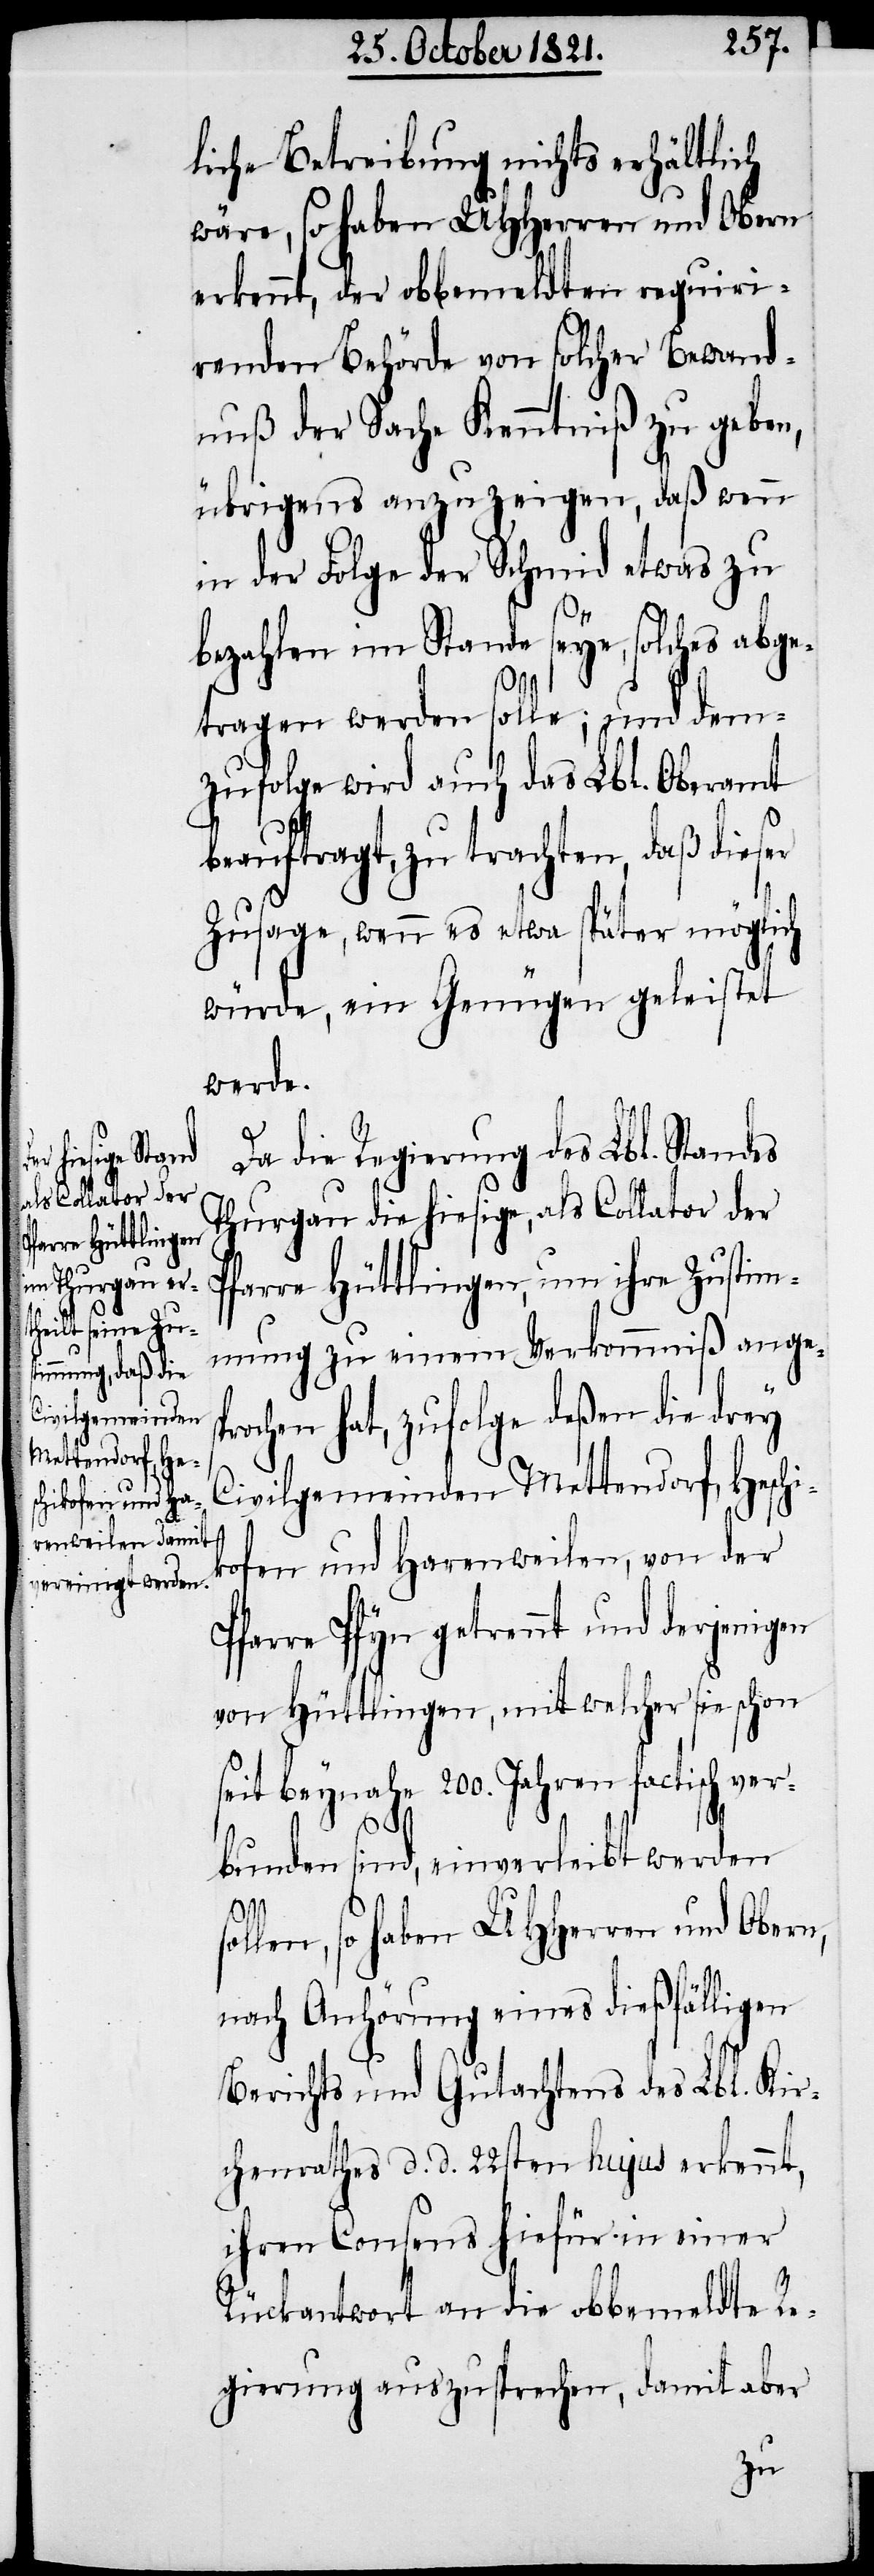
bunden

liche Betreibung nichts erhältlich
wäre, so haben UHHerren und Obern
erkennt, der obbemeldten requiri¬
renden Behörde von solcher Bewand¬
übrigens anzuzeigen, daß wenn
in der Folge der Schmid etwas zu
bezahlen im Stande seye, solches abge¬
ligen
tragen werden solle; und dem¬
zufolge wird auch das Lbl. Oberamt
beauftragt, zu trachten, daß dieser
Zusage, wenn es etwa später möglich
würde, ein Genügen geleistet
werde.
Da die Regierung des Lbl. Standes
Thurgau die hiesige, als Collator der
Pfarre Hüttlingen, um ihre Zustim¬
mung zu einem Vorkommniß angesp¬
rochen hat, zufolge deßen die drey
Civilgemeinden Mettendorf, Heschi¬
kofen und Harenweilen, von der
Pfarre Pfyn getrennt und derjenigen
von Hüttlingen, mit welcher sie schon
seit beynahe 200. Jahren factisch ver¬
sind, so haben UHHerren und Obern,
nach Anhörung eines dießfäl¬
Berichts und Gutachtens des Lbl. Kir¬
chenrathes d. d. 22ten hujus erkennt,
ihren Consens hiefür in einer
Rückantwort an die obbemeldte Re¬
gierung auszusprechen, damit aber
zu